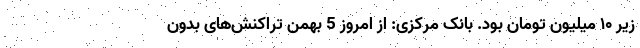
زیر ۱۰ میلیون تومان بود. بانک مرکزی: از امروز 5 بهمن تراکنش‌های بدون